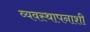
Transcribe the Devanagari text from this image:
व्यवस्थापनाशी